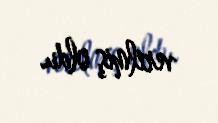
verilmiş oldu.